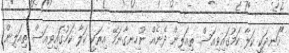
"ހަނދަކީ ކަލާ ކަމުގައިވިއަސް ތިއަލިން ދެނެއް ނުހިނގާނަމޭ އިރަކީ ކަލާ ކަމުގައިވިއަސް ތިއަލިން